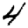
Digit: 4